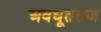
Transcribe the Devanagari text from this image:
अवधूतराज